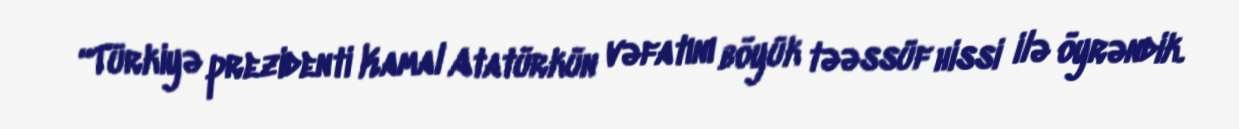
“Türkiyə prezidenti Kamal Atatürkün vəfatını böyük təəssüf hissi ilə öyrəndik.